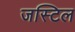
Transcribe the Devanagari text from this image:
जस्टिल